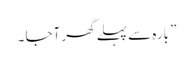
” بارہ سے پہلے گھر آجا ۔